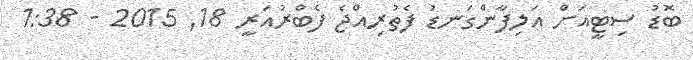
ބޮޑު ސިޓީއަށް އަލިފާންގަނޑު ފެތުރިއްޖެ ފެބްރުއަރީ 18